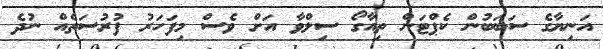
އަނިޔާގެ ސަބަބުން ކެޕްޓަން ތިއާގޯ ސިލްވާ އަށް ވެސް މިފަހަރު ފުރުސަތެއް ނުދެ